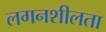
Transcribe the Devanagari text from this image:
लगनशीलता